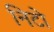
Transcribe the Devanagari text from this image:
निटो